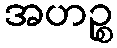
အဟဉ္စ